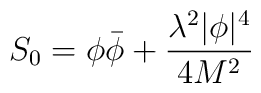
S_0=\phi\bar{\phi}+\frac{\lambda^2 |\phi|^4}{4 M^2}